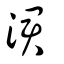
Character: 涒